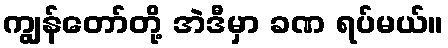
ကျွန်တော်တို့ အဲဒီမှာ ခဏ ရပ်မယ်။